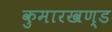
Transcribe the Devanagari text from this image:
कुमारखण्ड